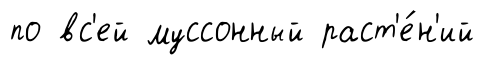
по вс'ей муссонный раст'е́н'ий